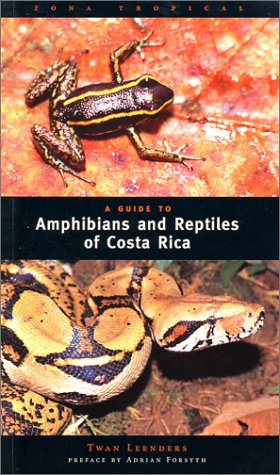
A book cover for A Guide to Amphibians and Reptiles of Costa Rica; Twan Leenders; Crafts, Hobbies & Home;